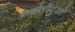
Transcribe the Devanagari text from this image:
लढतीपुरते